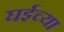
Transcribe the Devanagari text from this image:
घईच्या